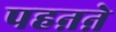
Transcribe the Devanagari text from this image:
पहऩऩे